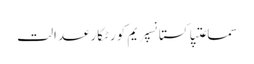
سماعتپاکستانسپریم کورٹکارعدالت